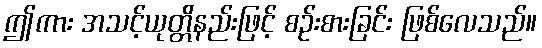
ဤကား အသင့်ယုတ္တိနည်းဖြင့် စဉ်းစားခြင်း ဖြစ်လေသည်။